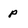
Character: p